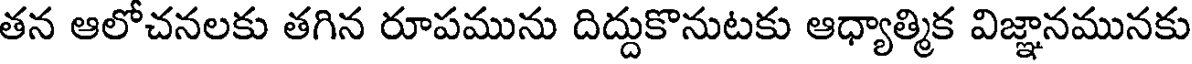
తన ఆలోచనలకు తగిన రూపమును దిద్దుకొనుటకు ఆధ్యాత్మిక విజ్ఞానమునకు